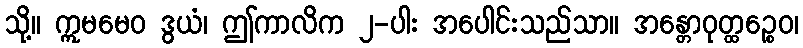
သို့။ ဣမမေဝ ဒွယံ၊ ဤကာလိက ၂-ပါး အပေါင်းသည်သာ။ အန္တောဝုတ္ထဉ္စေဝ၊